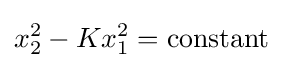
x_{2}^{2}-Kx_{1}^{2}=\mathrm {constant}